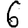
Digit: 6